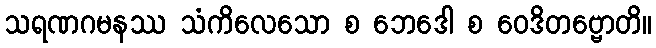
သရဏဂမနဿ သံကိလေသော စ ဘေဒေါ စ ဝေဒိတဗ္ဗောတိ။